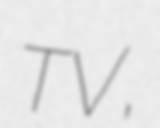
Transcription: TV,